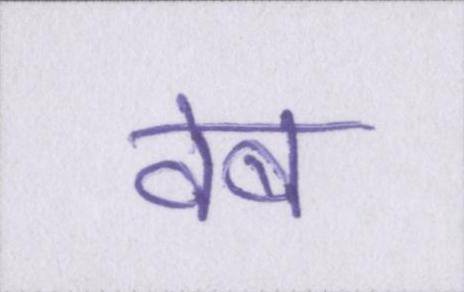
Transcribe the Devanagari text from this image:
वेब